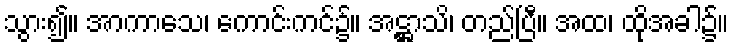
သွား၍။ အာကာသေ၊ ကောင်းကင်၌။ အဋ္ဌာသိ၊ တည်ပြီ။ အထ၊ ထိုအခါ၌။